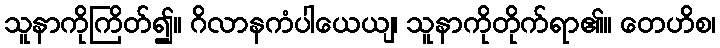
သူနာကိုကြိတ်၍။ ဂိလာနကံပါယေယျ၊ သူနာကိုတိုက်ရာ၏။ တေဟိစ၊